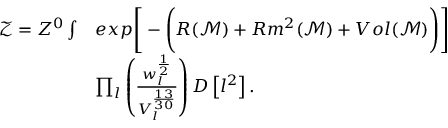
\begin{array} { r l } { \mathcal { Z } = Z ^ { 0 } \int } & { e x p \Bigg [ - \Bigg ( R ( \mathcal { M } ) + R m ^ { 2 } ( \mathcal { M } ) + V o l ( \mathcal { M } ) \Bigg ) \Bigg ] } \\ & { \prod _ { l } \left( \frac { w _ { l } ^ { \frac { 1 } { 2 } } } { V _ { l } ^ { \frac { 1 3 } { 3 0 } } } \right) D \left[ l ^ { 2 } \right] . } \end{array}